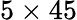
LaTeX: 5\times 45